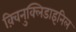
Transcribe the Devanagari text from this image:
क़्विनुक्लिडाइनिल